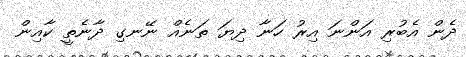
ދެން އެބުރި އަންނަ އިރު ހަނާ ދިޔަ ތަނެއް ނޭނގި ދާނެތީ ކާއިން